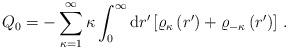
LaTeX: \begin{align*}Q_0=-\sum_{\kappa=1}^\infty\kappa\int_0^\infty{\rm d}r'\left[\varrho_{\kappa}\left(r'\right)+\varrho_{-\kappa}\left(r'\right)\right]\,.\end{align*}